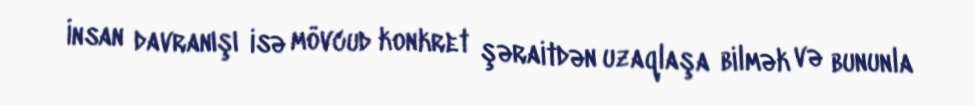
İnsan davranışı isə mövcud konkret şəraitdən uzaqlaşa bilmək və bununla